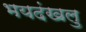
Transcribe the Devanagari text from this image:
भयदंखलु